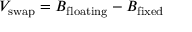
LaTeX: V _ { \mathrm { s w a p } } = B _ { \mathrm { f l o a t i n g } } - B _ { \mathrm { f i x e d } }